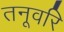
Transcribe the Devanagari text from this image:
तनूवरि